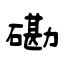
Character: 磡